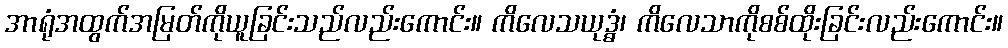
အာရုံအထွက်အမြတ်ကိုယူခြင်းသည်လည်းကောင်း။ ကိလေသယုဒ္ဓံ၊ ကိလေသာကိုစစ်ထိုးခြင်းလည်းကောင်း။